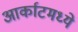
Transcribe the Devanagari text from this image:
आर्काटमध्ये